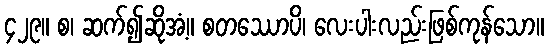
၄၂၉။ စ၊ ဆက်၍ဆိုအံ့။ စတဿောပိ၊ လေးပါးလည်းဖြစ်ကုန်သော။